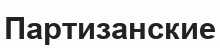
Партизанские